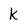
Character: k